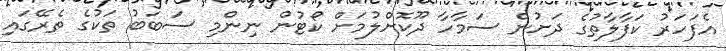
އެފަހަރު ކަފާލާތުގެ ދަށުން ސަމާހާ ދޫކޮށްލުމަށް ކޯޓުން ނިންމި ސަބަބު ތަކުގެ ތެރޭގައި